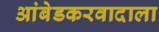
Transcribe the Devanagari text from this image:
आंबेडकरवादाला